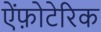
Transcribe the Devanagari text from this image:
ऐंफ़ोटेरिक